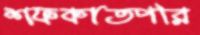
শফকাতপরি